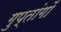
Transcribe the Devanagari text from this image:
गुप्‍तांगों